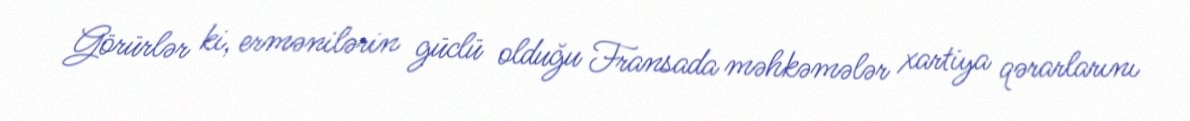
Görürlər ki, ermənilərin güclü olduğu Fransada məhkəmələr xartiya qərarlarını